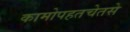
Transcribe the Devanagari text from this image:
कामोपहतचेतसे